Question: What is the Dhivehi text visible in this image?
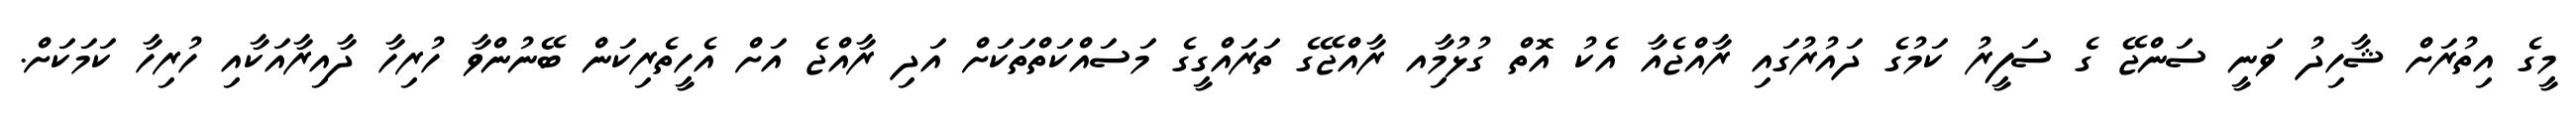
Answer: މީގެ އިތުރަށް ޝާހިދު ވަނީ ސަންޖޭ ގެ ސަފީރު ކަމުގެ ދައުރުގައި ރާއްޖެއާ އެކު އޮތް ގުޅުމާިއ ރާއްޖޭގެ ތަރައްގީގެ މަސައްކަތްތަކަށް އަދި ރާއްޖެ އަށް އެހީތެރިކަން ބޭނުންވާ ހުރިހާ ދާއިރާއަކާއި ހުރިހާ ކަމަކަށް.